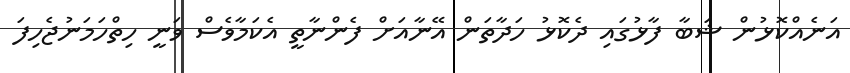
އަނެއްކޮޅުން ޝަބާ ފާޅުގައި ދެކޮޅު ހަދާތަން އޭނާއަށް ފެންނާތީ އެކަމާވެސް ވަނީ ހިތްހަމަނުޖެހިފަ